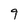
Character: 9